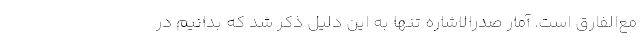
مع‌الفارق است. آمار صدرالاشاره تنها به این دلیل ذکر شد که بدانیم در